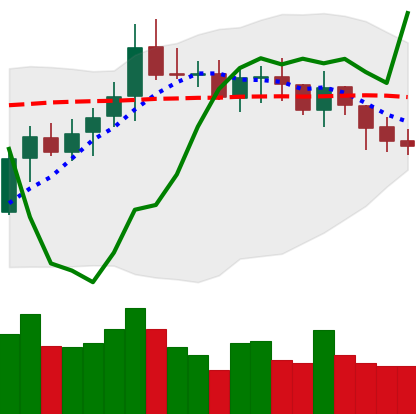
Ticker: XMR-USD
Chart end date: 2021-10-19
Forward return: 13.651%
Label: up_7plus